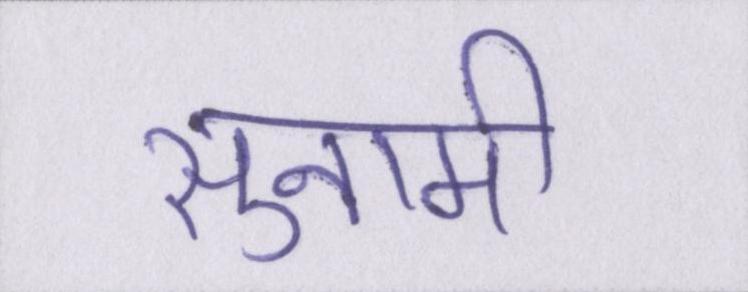
सुनामी